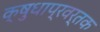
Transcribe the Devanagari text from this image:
क्षुधाप्रवर्तक